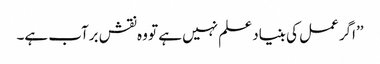
’’اگر عمل کی بنیاد علم نہیں ہے تو وہ نقش برآب ہے۔